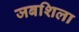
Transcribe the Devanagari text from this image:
जबशिला